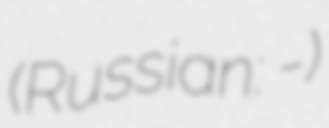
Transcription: (Russian: Кюренг-Ат)